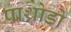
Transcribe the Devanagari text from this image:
पाथ्रोडो